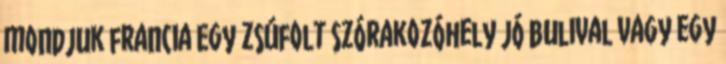
mondjuk francia Egy zsúfolt szórakozóhely jó bulival vagy egy